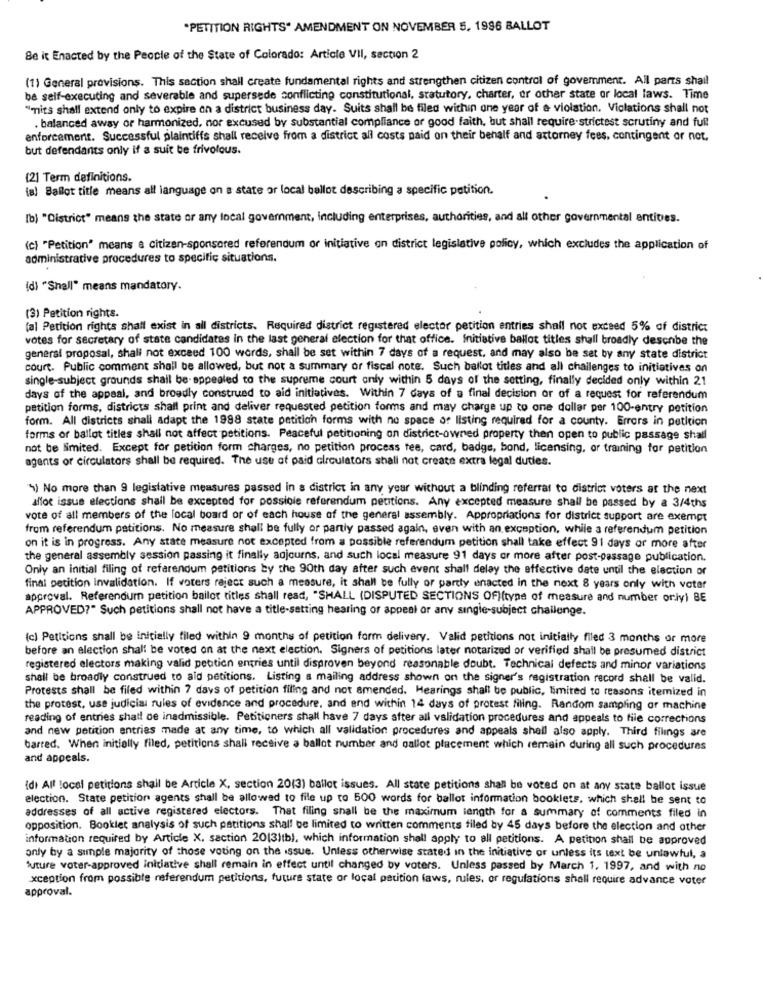
"PETITION RIGHTS" AMENDMENT ON NOVEMBER 5, 1996 BALLOT
Be it Enacted by the People of the State of Colorado: Article VII, section 2
(1) General provisions. This section shall create fundamental rights and strengthen citizen control of govemment. All parts shail
be self-executing and severable and supersede conflicting constitutional, statutory, charter, or other state or local laws. Time
"mits shall extend only to expire an a district business day. Suits shall be filed within one year of a violation. Violations shall not
. balanced away or harmonized, nor excused by substantial compliance or good faith, but shall require-strictest scrutiny and full
enforcement. Successful plaintiffs shall receive from a district all costs paid on their behalf and attorney fees, contingent or not.
but defendants only if a suit be frivolous.
(2) Term definitions.
(a) Ballot title means all language on a state or local ballot describing a specific petition.
[b) "District" means the state or any local government, including enterprises, authorities, and all other governmental entives.
(c) "Petition" means a citizen-sponsored referendum or initiative on district legislative policy, which excludes the application of
administrative procedures to specific situations.
(d) "Shell" means mandatory.
(3) Petition rights.
(al Petition rights shall exist in all districts. Required district registered elector petition entries shall not exceed 5% of district
votes for secretary of state candidates in the last general election for that office. Initiative ballot titles shall broadly describe the
general proposal, shall not exceed 100 words, shall be set within 7 days of a request, and may also be set by any state district
court. Public comment shall be allowed, but not a summary or fiscal note. Such ballot titles and all challenges to initiatives on
single-subject grounds shall be- appealed to the supreme court only within 5 days of the setting, finally decided only within 21
days of the appeal, and broadly construed to aid initiatives. Within 7 days of a final decision or of a request for referendum
petition forms, districts shall print and deliver requested petition forms and may charge up to one dollar per 100-entry petition
form. All districts shall adapt the 1988 state petitich forms with no space of listing required for a county. Errors in petition
forms of ballot titles shall not affect petitions. Peaceful petitioning on district-owned property then open to public passage shall
not be limited. Except for petition form charges, no petition process tee, card, badge, bond, licensing, or training for petition
agents or circulators shall be required. The use of paid circulators shall not create extra legal duties.
1) No more than 9 legislative measures passed in a district in any year without a blinding referral to district voters at the next
alloc issue elections shall be excepted for possiole referendum petitions. Any excepted measure shall be passed by a 3/4ths
vote of all members of the local board or of each house of the general assembly. Appropriations for district support are exempt
from referendum petitions. No measure shall be fully or partly passed again, even with an exception, while a referendum petition
on it is in progress. Any state measure not excepted from a possible referendum petition shall take effect 91 days or more after
the general assembly session passing it finally aojourns, and such local measure 91 days or more after post-passage publication.
Only an initial filing of referendum petitions by the 90th day after such event shall delay the effective date until the election or
final petition invalidation. If voters raject such a measure, it shall be fully or partly enacted in the next 8 years only with voter
approval. Referendum petition bailor titles shall read, "SHALL (DISPUTED SECTIONS OF)(type of measure and number oriyi BE
APPROVED?" Such petitions shall not have a title-setting hearing of appeal or any single-subject challenge.
(c) Petitions shall be initially filed within 9 months of petition form delivery. Valid petitions not initially filed 3 months or more
before an election shall be voted on at the next election. Signers of petitions later notarized or verified shall be presumed district
registered electors making valid petition entries until disproven beyond reasonable doubt. Technical defects and minor variations
shall be broadly construed to aid petitions. Listing a mailing address shown on the signer's registration record shall be valld.
Protests shall be filed within 7 days of petition filing and not amended. Hearings shall be public, limited to reasons itemized in
the protest, use judicial rules of evidence and procedure, and end within 14 days of protest filing. Random sampling or machine
reading of entries shall ce inadmissible. Petitioners shall have 7 days after all validation procedures and appeals to file corrections
and new petition entries made at any time, to which all validation procedures and appeals shall also apply. Third filings are
barred. When initially filed, petitions shall receive a ballot number and gallot placement which remain during all such procedures
and appeals.
(di All local petitions shall be Article X, section 20(3) ballot issues. All state petitions shall be voted on at any state ballot issue
election. State petition agents shall be allowed to file up to 500 words for ballot information booklets, which shall be sent to
addresses of all active registered electors. That filing shall be the maximum length for a summary of comments filed in
opposition. Booklet analysis of such petitions shall be limited to written comments tiled by 45 days before the election and other
information required by Article X. section 20(3)tb), which information shall apply to all petitions. A petition shall be approved
only by a simple majority of those voting on the issue. Unless otherwise stated in the initiative or unless its text be unlawful, a
future voter-approved initiative shall remain in effect until changed by voters. Unless passed by March 1, 1997, and with no
xception from possible referendum petitions, future state or local petition laws, rules, or regulations shall require advance voter
approval.